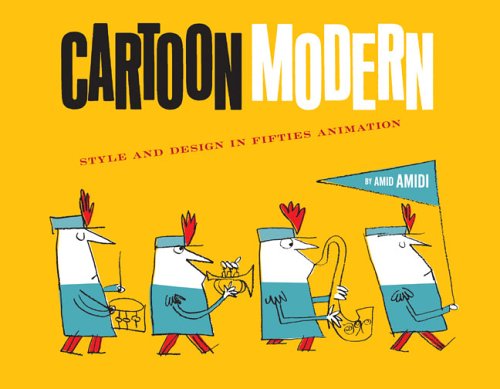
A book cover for Cartoon Modern: Style and Design in 1950s Animation; Amid Amidi; Comics & Graphic Novels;